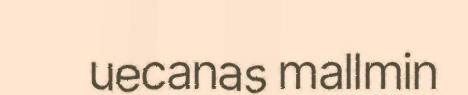
uecanas mallmin